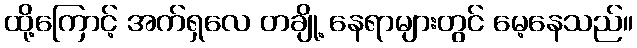
ထို့ကြောင့် အက်ရှလေ တချို့ နေရာများတွင် မေ့နေသည်။